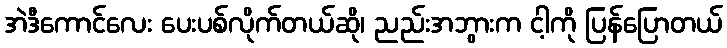
အဲဒီကောင်လေး ပေးပစ်လိုက်တယ်ဆို၊ ညည်းအဘွားက ငါ့ကို ပြန်ပြောတယ်